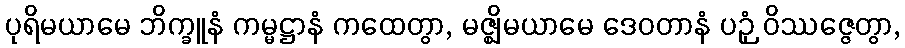
ပုရိမယာမေ ဘိက္ခူနံ ကမ္မဋ္ဌာနံ ကထေတွာ, မဇ္ဈိမယာမေ ဒေဝတာနံ ပဉှံ ဝိဿဇ္ဇေတွာ,